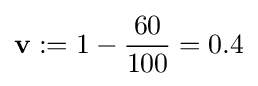
\mathbf {v} :=1-{\frac {60}{100}}=0.4